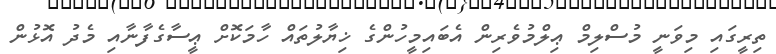
ތިރީގައި މިވަނީ މުސްލިމް ޢިލްމުވެރިން އެބައިމީހުންގެ ޚިޔާލުތައް ހާމަކޮށް ޢީސާގެފާނާއި މެދު އޮޅުން